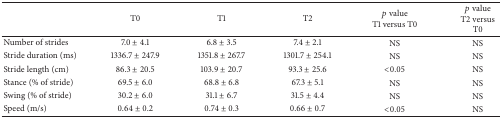
|  | T0 | T1 | T2 | p valueT1 versus T0 | p valueT2 versus T0 |
 | --- | --- | --- | --- | --- | --- |
 | Number of strides | 7.0 ± 4.1 | 6.8 ± 3.5 | 7.4 ± 2.1 | NS | NS |
 | Stride duration (ms) | 1336.7 ± 247.9 | 1351.8 ± 267.7 | 1301.7 ± 254.1 | NS | NS |
 | Stride length (cm) | 86.3 ± 20.5 | 103.9 ± 20.7 | 93.3 ± 25.6 | <0.05 | NS |
 | Stance (% of stride) | 69.5 ± 6.0 | 68.8 ± 6.8 | 67.3 ± 5.1 | NS | NS |
 | Swing (% of stride) | 30.2 ± 6.0 | 31.1 ± 6.7 | 31.5 ± 4.4 | NS | NS |
 | Speed (m/s) | 0.64 ± 0.2 | 0.74 ± 0.3 | 0.66 ± 0.7 | <0.05 | NS |